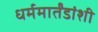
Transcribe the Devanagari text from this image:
धर्ममार्तंडांशी